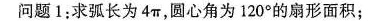
问题1：求弧长为4π，圆心角为120°的扇形面积；